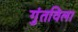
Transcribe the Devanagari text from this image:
गुंतविला